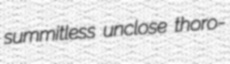
summitless unclose thoro-